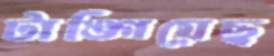
টাঙ্গিয়েছ